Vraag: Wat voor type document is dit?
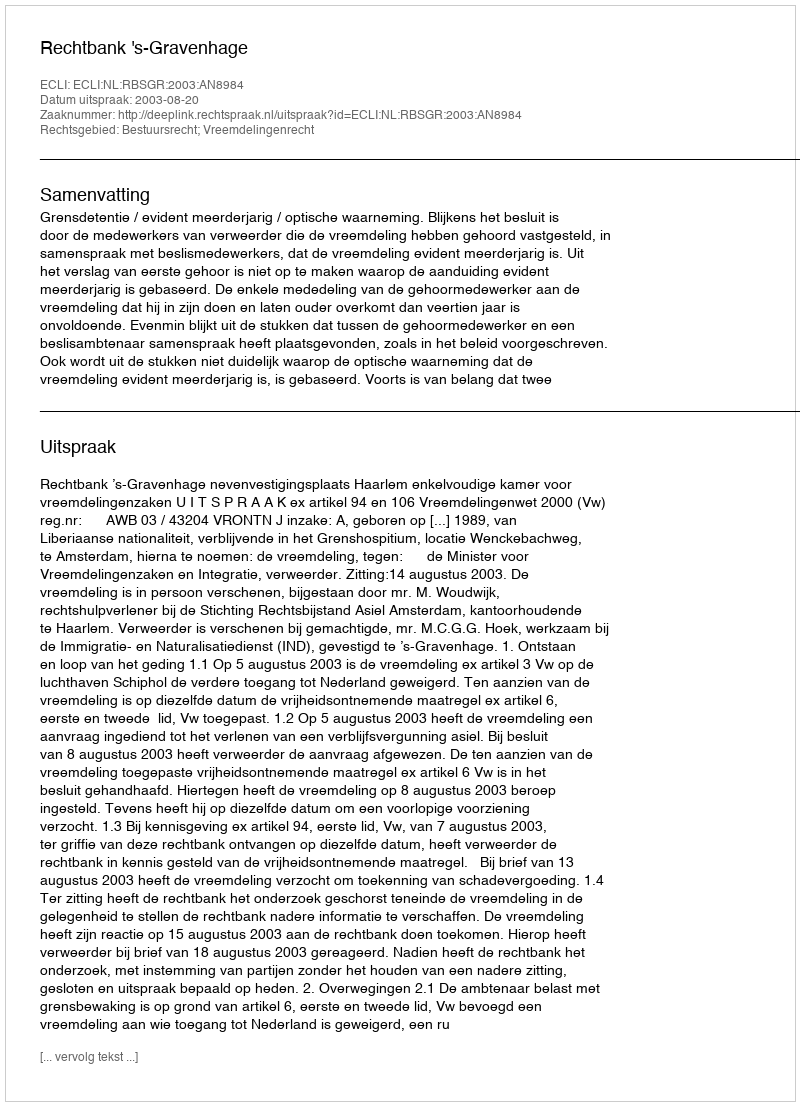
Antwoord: Uitspraak